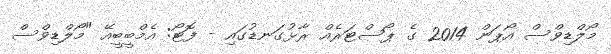
މޯލްޑިވްސް އޯޕަން 2014 ގެ ޕޯސްޓަރެއް ރާޅުގަނޑުގައި - ފޮޓޯ: އެމްބީބީއޭ "މޯލްޑިވްސް